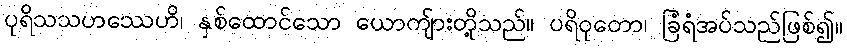
ပုရိသသဟဿေဟိ၊ နှစ်ထောင်သော ယောကျ်ားတို့သည်။ ပရိဝုတော၊ ခြံရံအပ်သည်ဖြစ်၍။